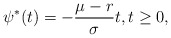
\begin{align*}\psi^*(t) = -\frac{\mu-r}{\sigma}t,t\ge 0,\end{align*}